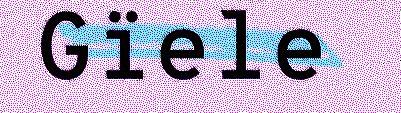
Gïele